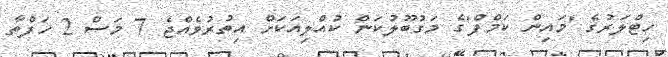
ހިޓްލަރުގެ 'މައިން ކަމްފް'ގެ މަގުބޫލުކަން ކުއްލިއަކަށް އިތުރުވެއްޖެ 7 މަސް 2 ހަފްތާ